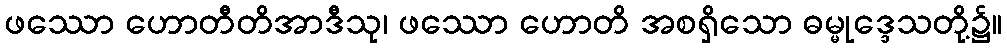
ဖဿော ဟောတီတိအာဒီသု၊ ဖဿော ဟောတိ အစရှိသော ဓမ္မုဒ္ဒေသတို့၌။